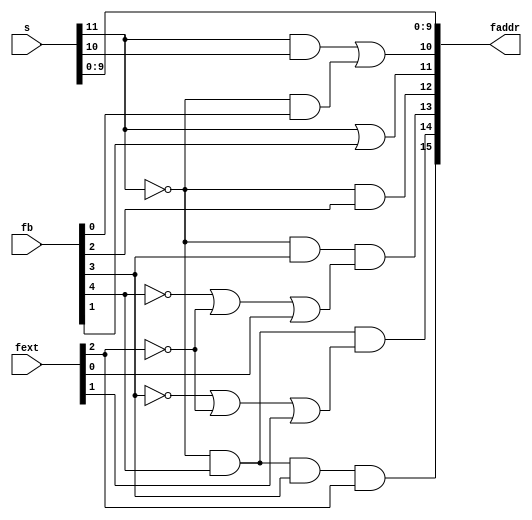
// This program was cloned from: https://github.com/thewonderidiot/cmod_agc
// License: MIT License

`timescale 1ns / 1ps
`default_nettype none

module fixed_addr_decoder(
    input wire [7:5]   fext,
    input wire [15:11] fb,
    input wire [12:1]  s,
    output wire [16:1] faddr
);

// Logic functions taken from Digital Development Memo #219
assign faddr[10:1] = s[10:1];
assign faddr[11] = (s[12] & s[11]) | (~s[12] & fb[11]);
assign faddr[12] = s[12] | fb[12];
assign faddr[13] = ~s[12] & fb[13];
assign faddr[14] = ~s[12] & fb[14] & (~fb[15] | ~fext[7] | fext[5]);
assign faddr[15] = ~s[12] & fb[15] & (~fb[14] | ~fext[7] | fext[6]);
assign faddr[16] = ~s[12] & fb[15] & fb[14] & fext[7];

endmodule
`default_nettype wire